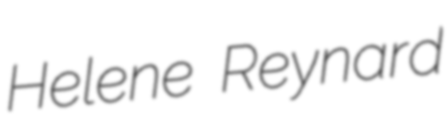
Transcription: Helene Reynard